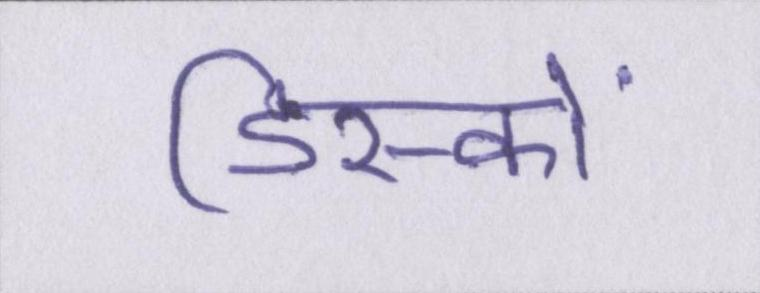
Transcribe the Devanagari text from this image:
डिस्कों